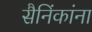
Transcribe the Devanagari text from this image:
सैनिंकांना